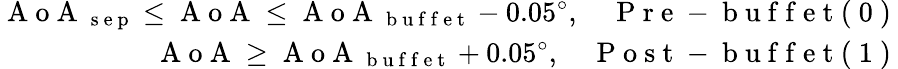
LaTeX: \begin{array}{r}{\mathrm{~A~o~A~}_{\mathrm{~s~e~p~}}\leq\mathrm{~A~o~A~}\leq\mathrm{~A~o~A~}_{\mathrm{~b~u~f~f~e~t~}}-0.05^{\circ},\quad\mathrm{~P~r~e~-~b~u~f~f~e~t~(~0~)~}}\\ {\mathrm{~A~o~A~}\geq\mathrm{~A~o~A~}_{\mathrm{~b~u~f~f~e~t~}}+0.05^{\circ},\quad\mathrm{~P~o~s~t~-~b~u~f~f~e~t~(~1~)~}}\end{array}